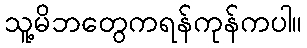
သူ့မိဘတွေကရန်ကုန်ကပါ။